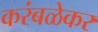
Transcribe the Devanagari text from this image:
करंबळेकर